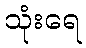
သုံးရေ